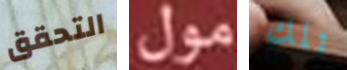
التحقق مول تلك